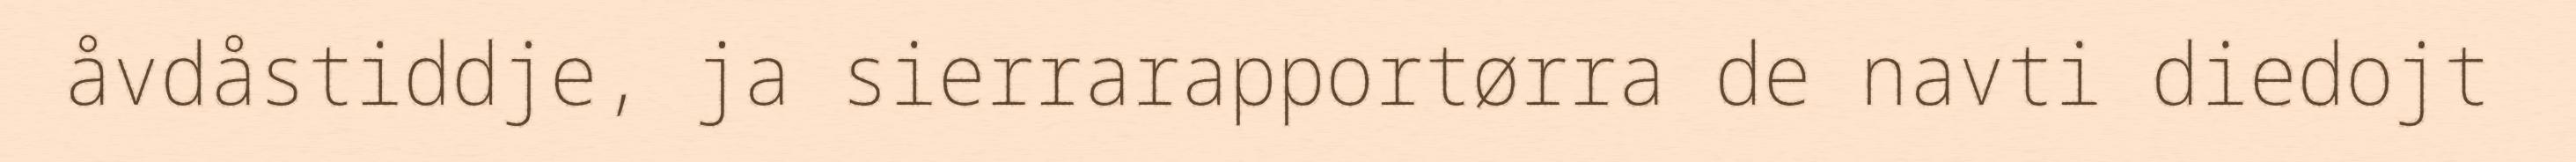
åvdåstiddje, ja sierrarapportørra de navti diedojt